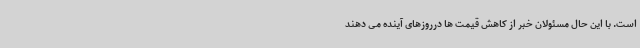
است. با این حال مسئولان خبر از کاهش قیمت ها درروزهای آینده می دهند